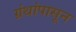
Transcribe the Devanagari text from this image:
ग्रंथांपासून